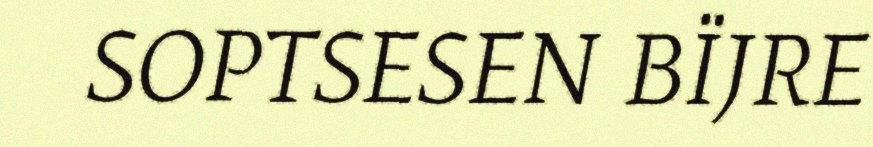
SOPTSESEN BÏJRE